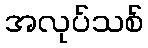
အလုပ်သစ်